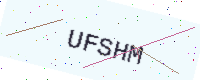
Text: UFSHM